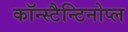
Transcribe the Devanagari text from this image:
कॉन्स्टैन्टिनोप्ल